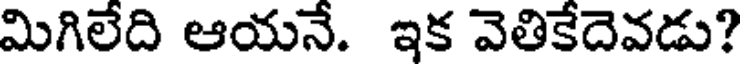
మిగిలేది ఆయనే. ఇక వెతికేదెవడు?